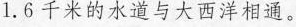
1.6千米的水道与大西洋相通。